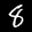
Label: 8